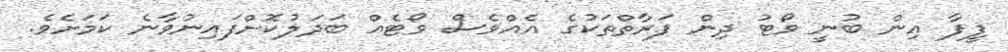
ފީފާ އިން ބުނީ ވޯޓު ދިން ފަރާތްތަކުގެ އެއްވެސް ވޯޓެއް ބަދަލުކޮށްފައިނުވާނެ ކަމަށެވެ.